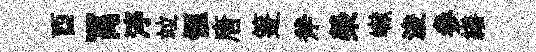
酉罥渟竝愜唐箑斧榮𪩘浚參繕